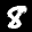
Label: 8